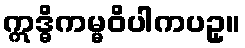
ဣဒ္ဓိကမ္မဝိပါကပဥှ။